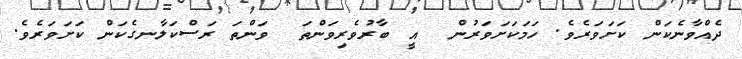
ދެއްވާނެކަން ކަށަވަރެވެ. ހަމަކަށަވަރުން  އީ ބާރުވެރިވަންތަ  ވަންތަ ރަސްކަލާނގެކަން ކަށަވަރެވެ.